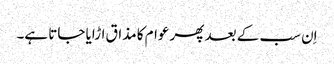
اِن سب کے بعد پھر عوام کا مذاق اڑایا جاتا ہے۔